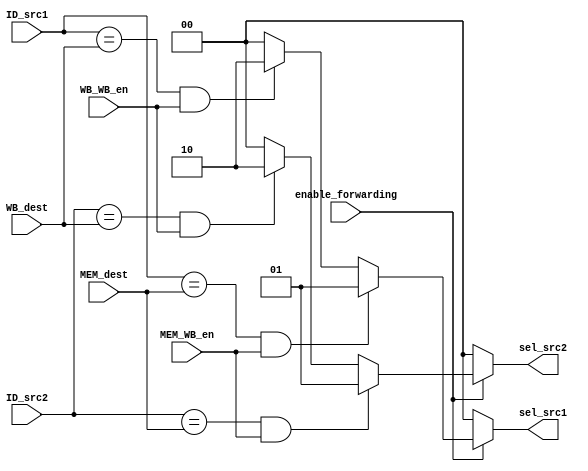
module ForwardingUnit(enable_forwarding, WB_WB_en, MEM_WB_en, MEM_dest, WB_dest, ID_src1, ID_src2, sel_src1, sel_src2);
    input enable_forwarding, WB_WB_en, MEM_WB_en;
    input [3:0] MEM_dest, WB_dest, ID_src1, ID_src2;

    output reg [1:0] sel_src1, sel_src2;

    always @(*) begin
    sel_src1 = 2'b00;
    sel_src2 = 2'b00;
    if(enable_forwarding) begin
        if ((ID_src1 == MEM_dest) && (MEM_WB_en == 1'b1))
            sel_src1 = 2'b01;
        else if ((ID_src1 == WB_dest) && (WB_WB_en == 1'b1))
            sel_src1 = 2'b10;
        if ((ID_src2 == MEM_dest) && (MEM_WB_en == 1'b1))
            sel_src2 = 2'b01;
        else if ((ID_src2 == WB_dest) && (WB_WB_en == 1'b1))
            sel_src2 = 2'b10;
    end
  end
endmodule